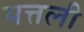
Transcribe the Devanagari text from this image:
पत्तली